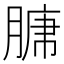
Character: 𮌣